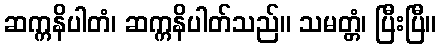
ဆက္ကနိပါတံ၊ ဆက္ကနိပါတ်သည်။ သမတ္တံ၊ ပြီးပြီ။